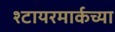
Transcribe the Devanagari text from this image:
श्टायरमार्कच्या